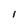
Character: 1